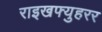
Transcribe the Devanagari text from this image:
राइखफ्युहरर